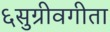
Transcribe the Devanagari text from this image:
६सुग्रीवगीता